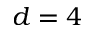
d = 4